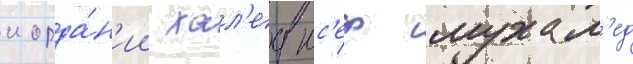
иорда́н'ии хал'ед юс'еф мухам'ед